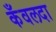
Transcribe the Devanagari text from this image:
कँवलदा